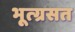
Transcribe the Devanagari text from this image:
भूत्ग्रसत